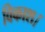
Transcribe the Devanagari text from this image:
विकाश।